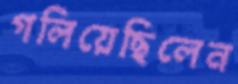
গলিয়েছিলেন